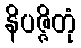
နိပဇ္ဇိတုံ